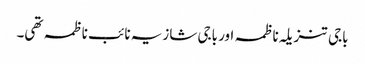
باجی تنزیلہ ناظمہ اور باجی شازیہ نائب ناظمہ تھی۔